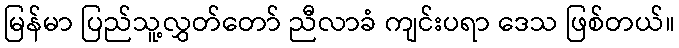
မြန်မာ ပြည်သူ့လွှတ်တော် ညီလာခံ ကျင်းပရာ ဒေသ ဖြစ်တယ်။